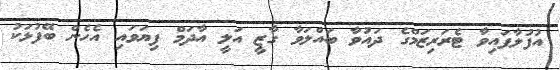
އުފުލާފައިވާ ޓެރަރިޒަމްގެ ދައުވާ ބައްލަވާ ގާޒީ އަލީ އާދަމް ފިޔަވައި އެހެން ބޭފުޅަކު